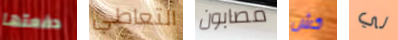
دفعتها التعاطي مصابون كش لي